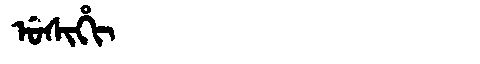
Manchu: ᡠᠰᡳᡥᡳ
Romanization: USIHI